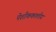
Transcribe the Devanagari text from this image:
पेशीककालीय